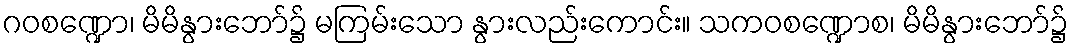
ဂဝစဏ္ဍော၊ မိမိနွားဘော်၌ မကြမ်းသော နွားလည်းကောင်း။ သကဝစဏ္ဍောစ၊ မိမိနွားဘော်၌